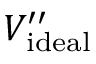
V _ { \mathrm { i d e a l } } ^ { \prime \prime }